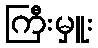
ကြီးမှူး